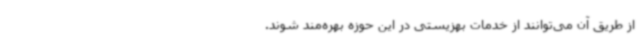
از طریق آن می‌توانند از خدمات بهزیستی در این حوزه بهره‌مند شوند.